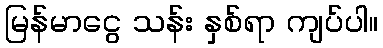
မြန်မာငွေ သန်း နှစ်ရာ ကျပ်ပါ။